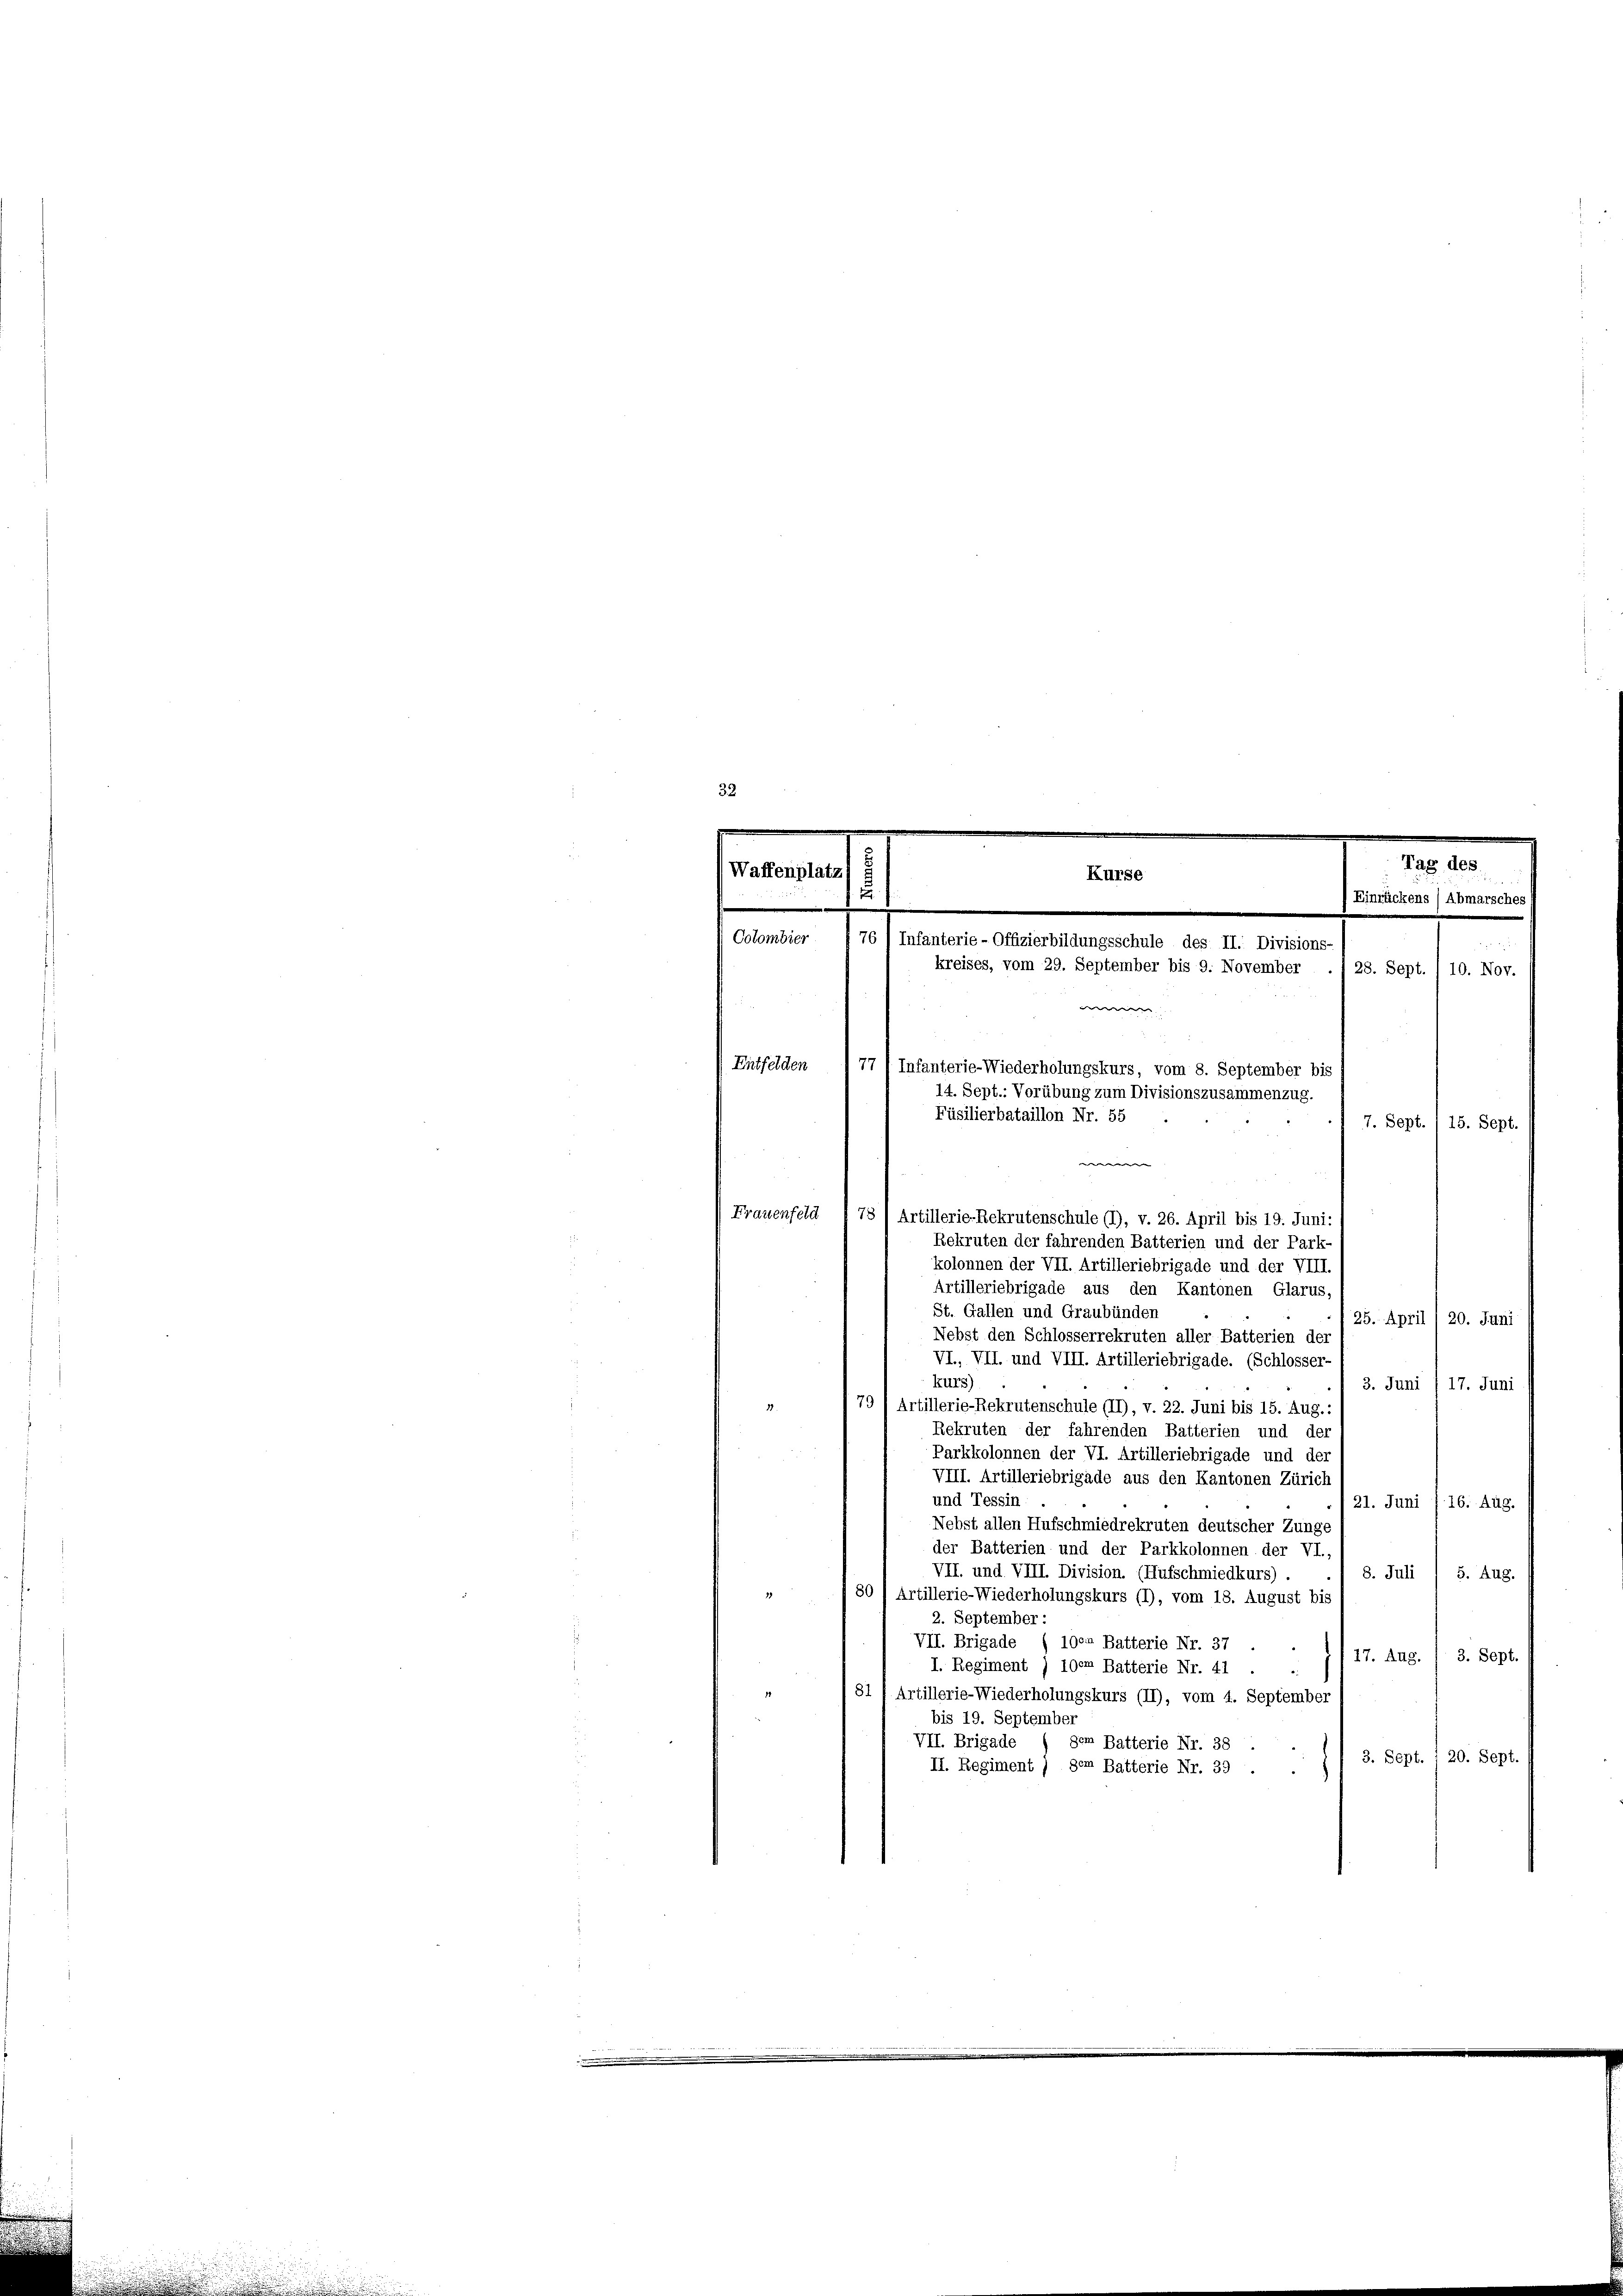
Tag des
Waffenplatz
2
Einrückens / Abmarsches
Colombier

28. Sept. 1 10. Nov.
e
Entfelden
77 / Infanterie-Wiederholungskurs, vom 8. September bis
14. Sept.: Vorübung zum Divisionszusammenzug.
Füsilierbataillon Nr. 55
7. Sept. / 15. Sept.

Rekruten der fahrenden Batterien und der Park-
kolonnen der VII. Artilleriebrigade und der VIII.
Artilleriebrigade aus den Kantonen Glarus,
St. Gallen und Graubünden
25. April / 20. Juni
Nebst den Schlosserrekruten aller Batterien der
VI., VII. und VIII. Artilleriebrigade. (Schlosser-
kurs)
3. Juni / 17. Juni
79/Artillerie-Rekrutenschule (II), v. 22. Juni bis 15. Aug.:
Rekruten der fahrenden Batterien und der
Parkkolonnen der VI. Artilleriebrigade und der
VIII. Artilleriebrigade aus den Kantonen Zürich
und Tessin
 21. Juni f 16. Aug.
Nebst allen Hufschmiedrekruten deutscher Zunge
der Batterien und der Parkkolonnen der VI.,
VII. und. VIII. Division. (Aufschmiedkurs).
8. Juli
5. Aug.
80) Artillerie-Wiederholungskurs (1), vom 18. August bis
2. September :
VII. Brigade / 100. Batterie Nr. 37
17. Aug. / 3. Sept.
I. Regiment ) 100m Batterie Nr. 41
81 f. Artillerie-Wiederholungskurs (II), vom 4. September
bis 19. September
VII. Brigade
gem Batterie Nr. 38
3. Sept. 1 20. Sept
II. Regiment) dem Batterie Nr. 39.

Kurse
76/ Infanterie-Offizierbildungsschule des II. Divisions-
kreises, vom 29. September bis 9. November

e
Frauenfeld I 78 (Artillerie-Rekrutenschule (1), v. 26. April bis 19. Juni: